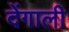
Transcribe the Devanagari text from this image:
देंगाली